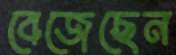
বেজেছেন